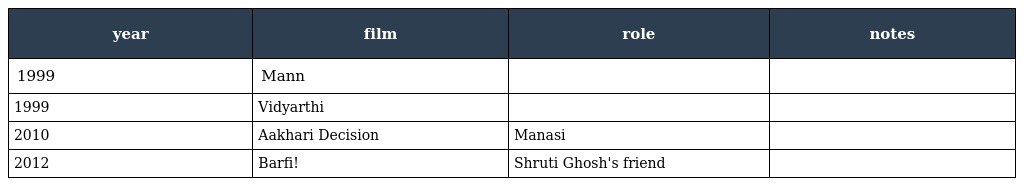
| year | film | role | notes |
 | --- | --- | --- | --- |
 | 1999 | Mann |  |  |
 | 1999 | Vidyarthi |  |  |
 | 2010 | Aakhari Decision | Manasi |  |
 | 2012 | Barfi! | Shruti Ghosh's friend |  |